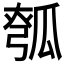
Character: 𪼵